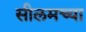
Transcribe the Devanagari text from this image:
सीलमच्या